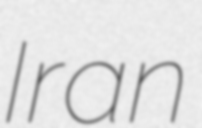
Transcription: Iran